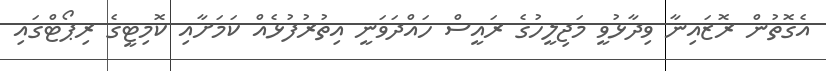
އެގޮތުން ރޮޒައިނާ ވިދާޅުވީ މަޖިލީހުގެ ރައީސް ހައްދަވަނީ އިތުރުފުޅެއް ކަމަށާއި ކޮމިޓީގެ ރިޕޯޓްގައި